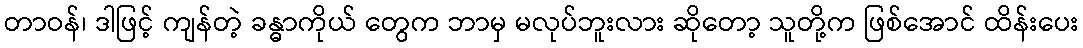
တာဝန်၊ ဒါဖြင့် ကျန်တဲ့ ခန္ဓာကိုယ် တွေက ဘာမှ မလုပ်ဘူးလား ဆိုတော့ သူတို့က ဖြစ်အောင် ထိန်းပေး